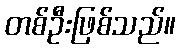
တစ်ဦးဖြစ်သည်။